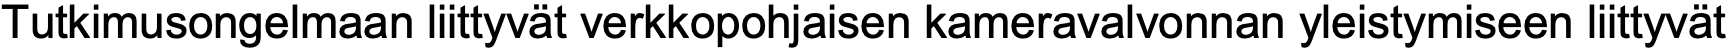
Tutkimusongelmaan liittyvät verkkopohjaisen kameravalvonnan yleistymiseen liittyvät